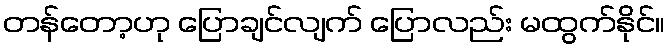
တန်တော့ဟု ပြောချင်လျက် ပြောလည်း မထွက်နိုင်။